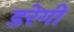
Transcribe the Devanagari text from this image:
डरेगी